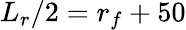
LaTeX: L_{r}/2=r_{f}+50